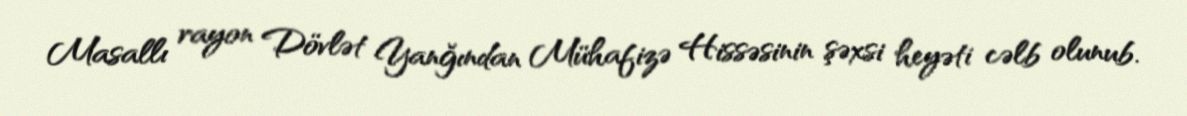
Masallı rayon Dövlət Yanğından Mühafizə Hissəsinin şəxsi heyəti cəlb olunub.